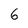
Character: 6